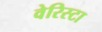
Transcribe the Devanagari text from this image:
वेरिस्टा